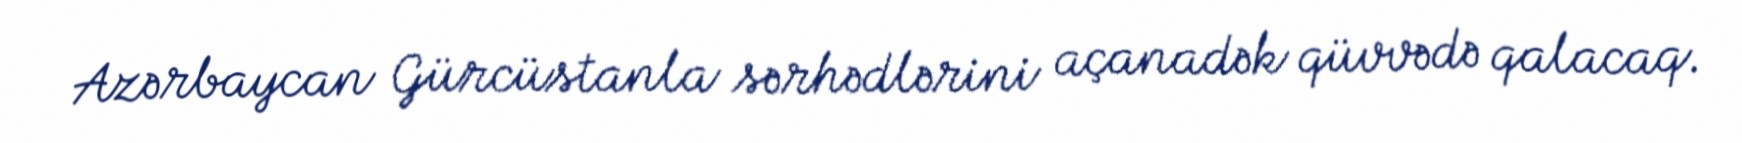
Azərbaycan Gürcüstanla sərhədlərini açanadək qüvvədə qalacaq.